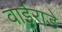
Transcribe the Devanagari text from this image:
वाईराडे